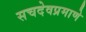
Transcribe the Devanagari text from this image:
सचदेवप्रमाणे